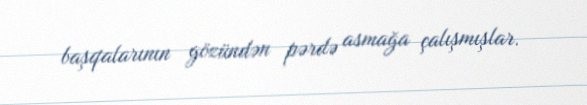
başqalarının gözündən pərdə asmağa çalışmışlar.